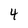
Character: 4